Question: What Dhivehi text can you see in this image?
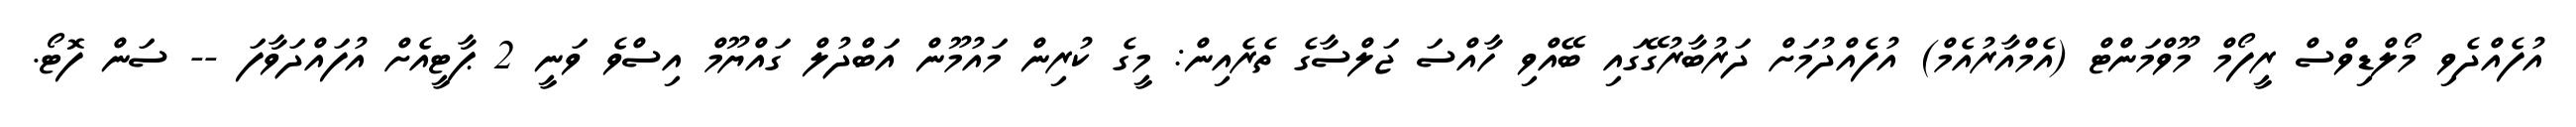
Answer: އުފެއްދެވި މޯލްޑިވްސް ރީފޯމް މޫވްމަންޓް (އެމްއާރުއެމް) އުފެއްދުމަށް ދަރުބާރުގޭގައި ބޭއްވި ހާއްސަ ޖަލްސާގެ ތެރެއިން: މީގެ ކުރިން މައުމޫން އަބްދުލް ގައްޔޫމް އިސްވެ ވަނީ 2 ޕާޓީއެށް އުފައްދަވާފަ -- ސަން ފޮޓޯ.